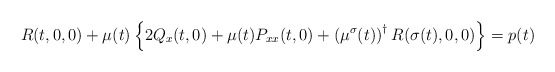
\begin{align*}R(t,0,0)+\mu(t)\left\lbrace 2Q_{x}(t,0)+\mu(t)P_{xx}(t,0)+\left(\mu^{\sigma}(t)\right)^{\dag}R(\sigma(t),0,0)\right\rbrace = p(t)\end{align*}